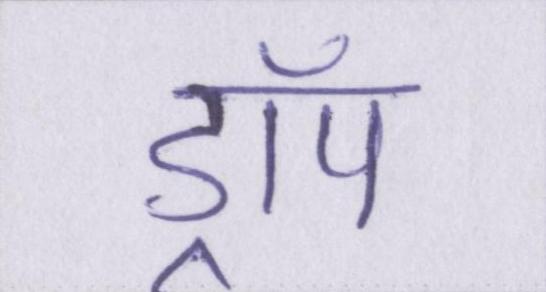
ड्रॉप